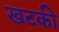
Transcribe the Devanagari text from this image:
खटकी